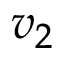
v _ { 2 }